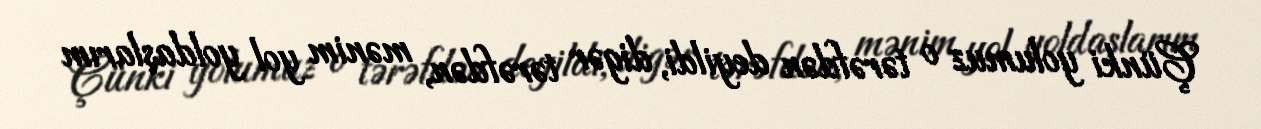
Çünki yolumuz o tərəfdən deyildi, digər tərəfdən, mənim yol yoldaşlarım